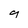
Character: 9